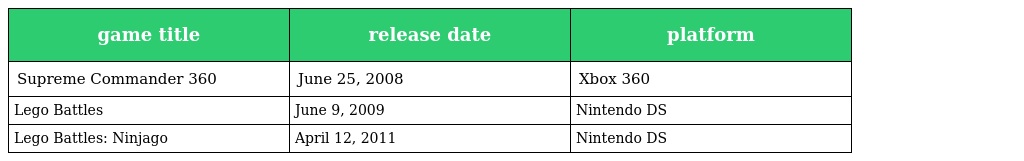
| game title | release date | platform |
 | --- | --- | --- |
 | Supreme Commander 360 | June 25, 2008 | Xbox 360 |
 | Lego Battles | June 9, 2009 | Nintendo DS |
 | Lego Battles: Ninjago | April 12, 2011 | Nintendo DS |